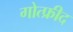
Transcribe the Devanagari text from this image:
गोत्फ्रीद